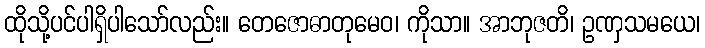
ထိုသို့ပင်ပါရှိပါသော်လည်း။ တေဇောဓာတုမေဝ၊ ကိုသာ။ အာဘုဇတိ၊ ဥဏှသမယေ၊